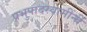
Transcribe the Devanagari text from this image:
प्रभुपादस्वामींनी